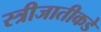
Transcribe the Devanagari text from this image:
स्त्रीजातीकडे